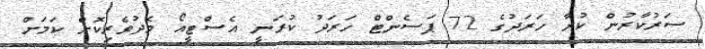
ސަރުކާރުން ކުރާ ހަރަދުގެ 72 ޕަސެންޓް ހަރަދު ކުރަނީ އެސްޓީއޯ މެދުވެރިކޮށް ކަމަށް